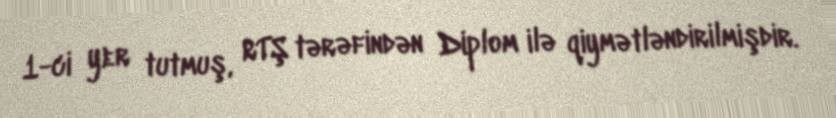
1-ci yer tutmuş, RTŞ tərəfindən Diplom ilə qiymətləndirilmişdir.